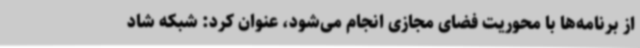
از برنامه‌ها با محوریت فضای مجازی انجام می‌شود، عنوان کرد: شبکه شاد